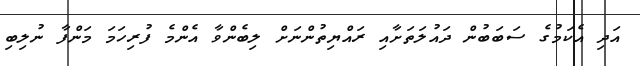
އަދި އެކަމުގެ ސަބަބުން ދައުލަތަށާއި ރައްޔިތުންނަށް ލިބެންވާ އެންމެ ފުރިހަމަ މަންފާ ނުލިބި